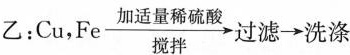
乙：Cu，Fe\xrightarrow[搅拌]{加适量稀硫酸}过滤\rightarrow洗涤